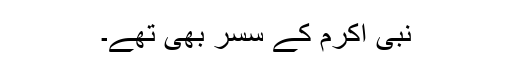
نبی اکرم کے سسر بھی تھے۔